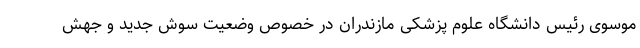
موسوی رئیس دانشگاه علوم پزشکی مازندران در خصوص وضعیت سوش جدید و جهش